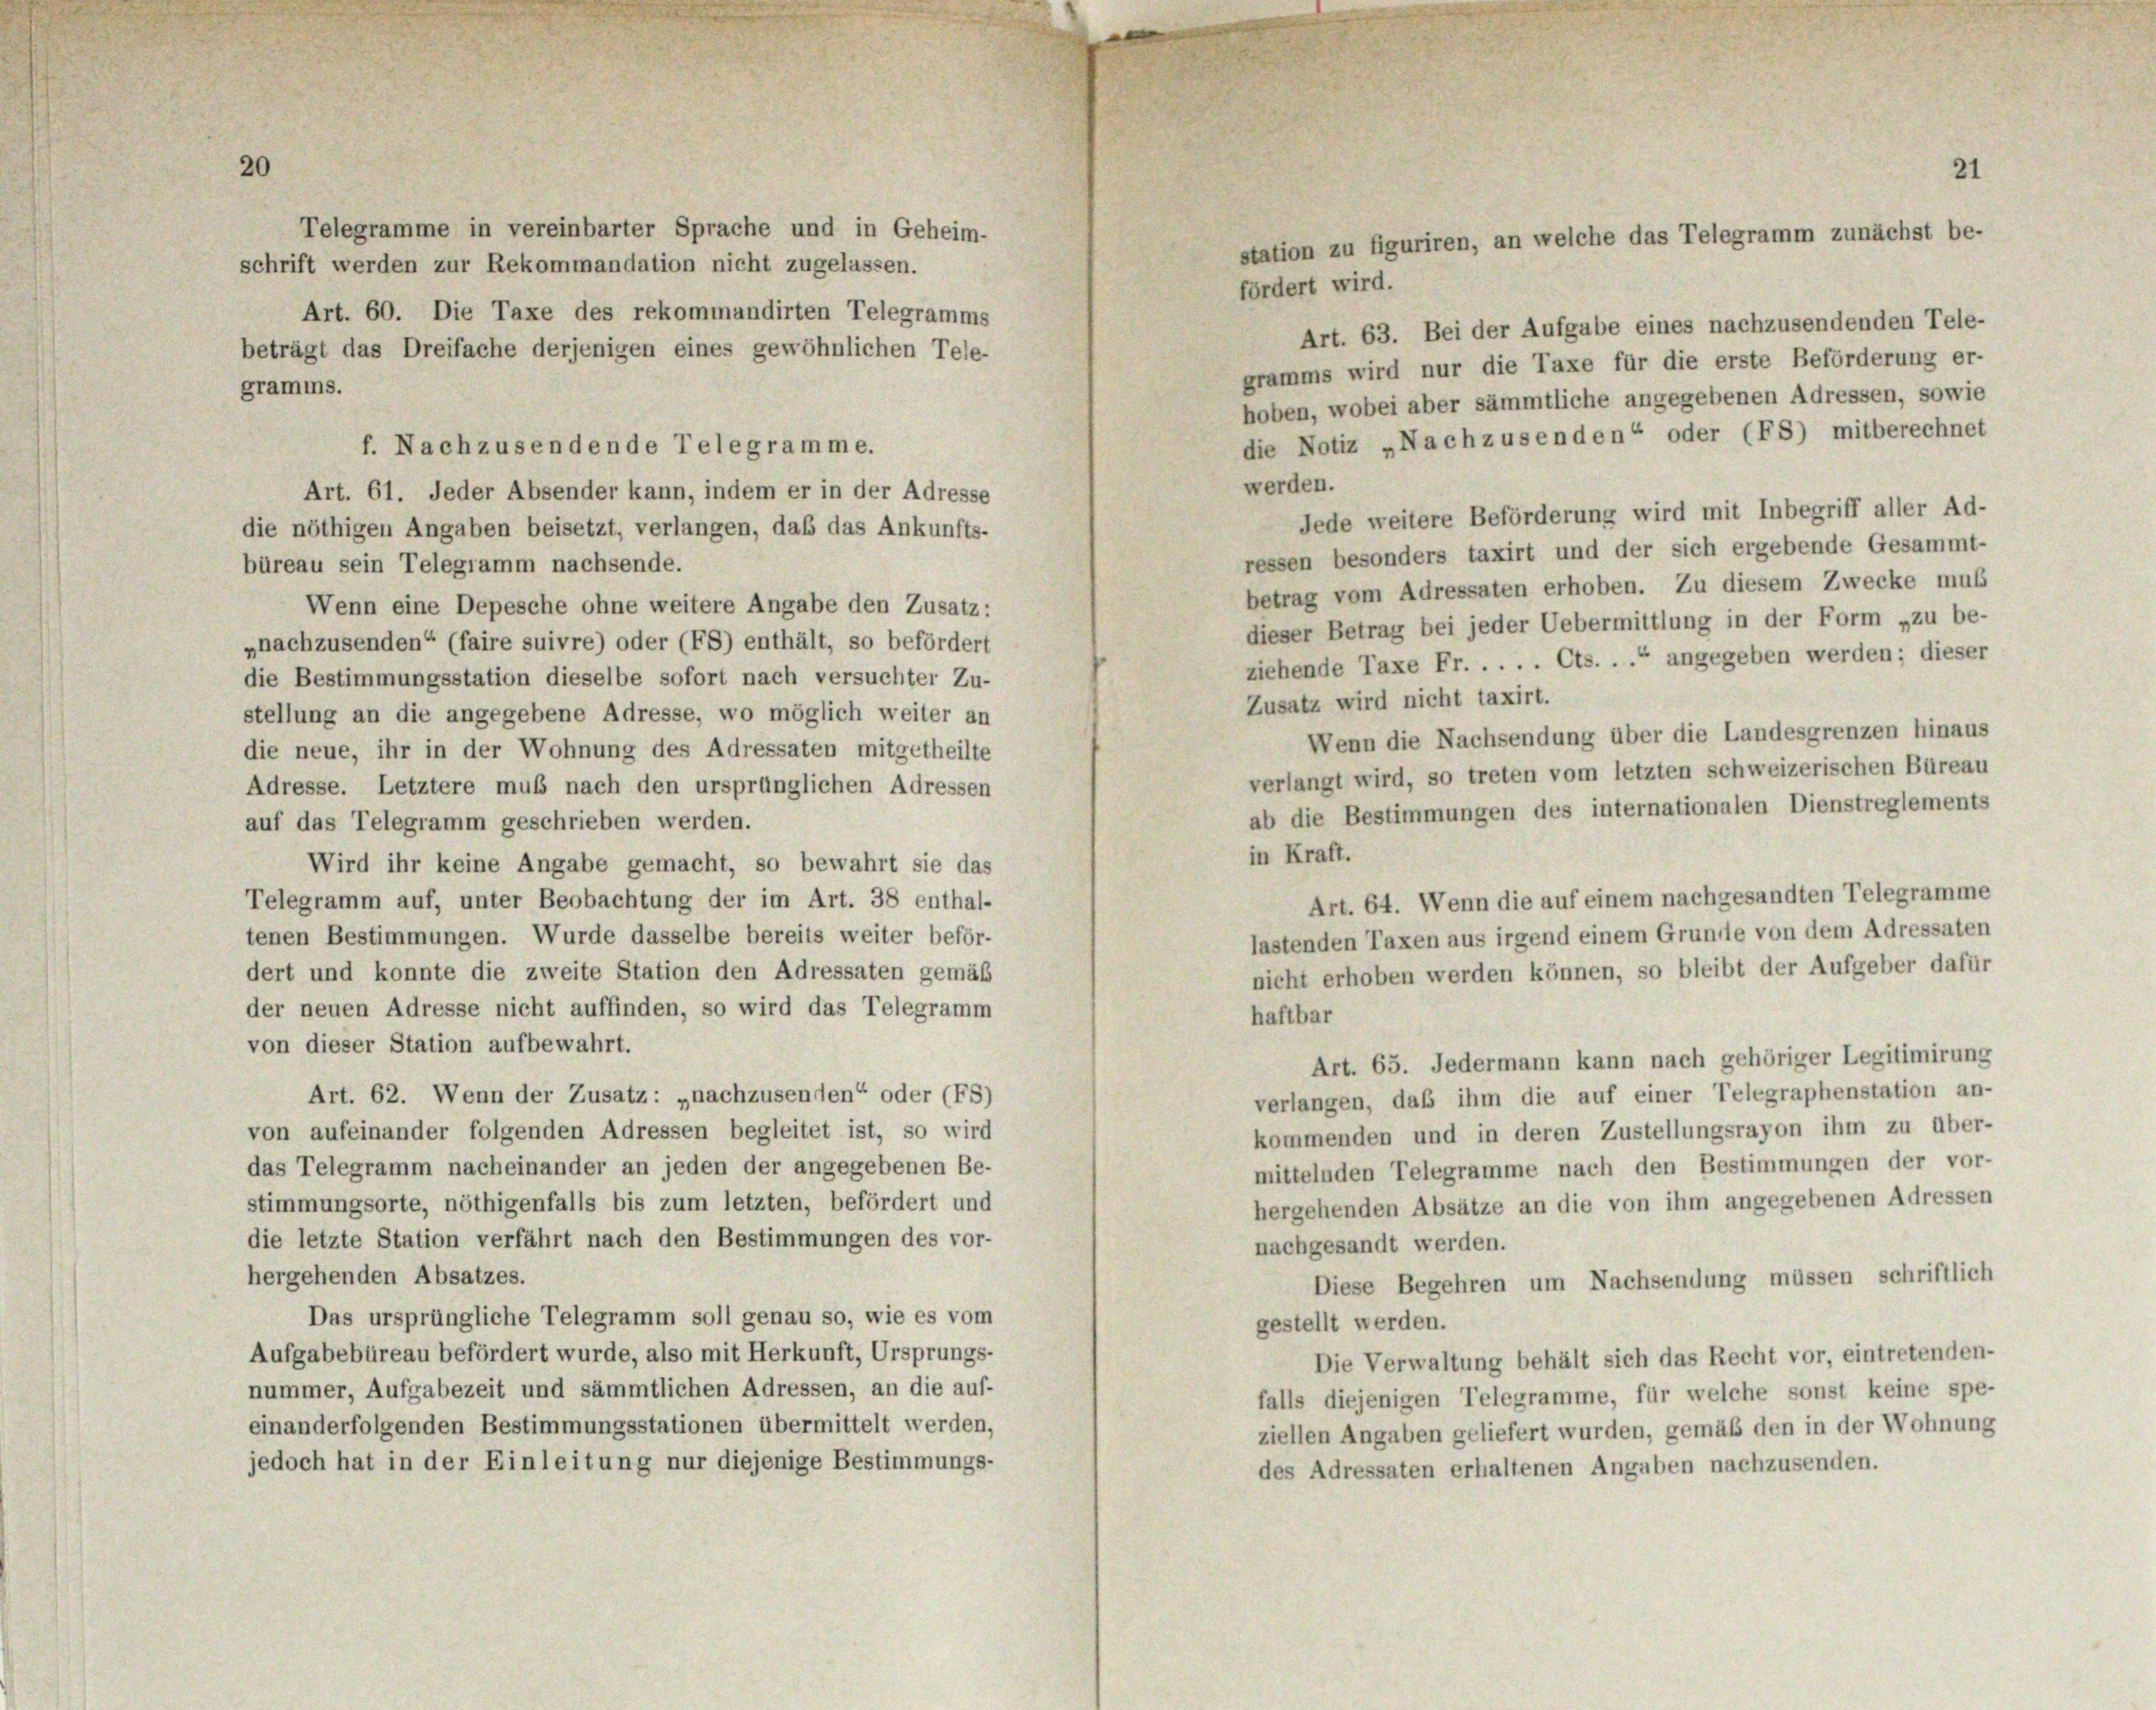
21

Telegramme in vereinbarter Sprache und in Geheim-
schrift werden zur Rekommandation nicht zugelassen.
fördert wird.
Art. 60. Die Taxe des rekommandirten Telegramms
Art. 63. Bei der Aufgabe eines nachzusendenden Tele-
beträgt das Dreifache derjenigen eines gewöhnlichen Tele-
gramms wird nur die Taxe für die erste Beförderung er-
gramms.
hoben, wobei aber sämmtliche angegebenen Adressen, sowie
die Notiz „Nachzusenden“ oder (FS) mitberechnet
f. Nachzusendende Telegramme.
werden.
Art. 61. Jeder Absender kann, indem er in der Adresse
Jede weitere Beförderung wird mit Inbegriff aller Ad-
die nöthigen Angaben beisetzt, verlangen, daß das Ankunfts-
ressen besonders taxirt und der sich ergebende Gesammt-
büreau sein Telegramm nachsende.
betrag vom Adressaten erhoben. Zu diesem Zwecke muß
Wenn eine Depesche ohne weitere Angabe den Zusatz:
dieser Betrag bei jeder Uebermittlung in der Form „zu be-
„nachzusenden“ (faire suivre) oder (FS) enthält, so befördert
ziehende Taxe Fr. . . . . Cts. . .“ angegeben werden; dieser
die Bestimmungsstation dieselbe sofort nach versuchter Zu-
Zusatz wird nicht taxirt.
stellung an die angegebene Adresse, wo möglich weiter an
Wenn die Nachsendung über die Landesgrenzen hinaus
die neue, ihr in der Wohnung des Adressaten mitgetheilte
verlangt wird, so treten vom letzten schweizerischen Büreau
Adresse. Letztere muß nach den ursprünglichen Adressen
ab die Bestimmungen des internationalen Dienstreglements
auf das Telegramm geschrieben werden.
in Kraft.
Wird ihr keine Angabe gemacht, so bewahrt sie das
Art. 64. Wenn die auf einem nachgesandten Telegramme
Telegramm auf, unter Beobachtung der im Art. 38 enthal-
tenen Bestimmungen. Wurde dasselbe bereits weiter beför-
lastenden Taxen aus irgend einem Grunde von dem Adressaten
nicht erhoben werden können, so bleibt der Aufgeber dafür
dert und konnte die zweite Station den Adressaten gemäß
der neuen Adresse nicht auffinden, so wird das Telegramm
haftbar
von dieser Station aufbewahrt.
Art. 65. Jedermann kann nach gehöriger Legitimirung
Art. 62. Wenn der Zusatz: „nachzusenden“ oder (F8)
verlangen, daß ihm die auf einer Telegraphenstation an-
von aufeinander folgenden Adressen begleitet ist, so wird
kommenden und in deren Zustellungsrayon ihm zu über-
das Telegramm nacheinander an jeden der angegebenen Be-
mittelnden Telegramme nach den Bestimmungen der vor-
hergehenden Absätze an die von ihm angegebenen Adressen
stimmungsorte, nöthigenfalls bis zum letzten, befördert und
die letzte Station verfährt nach den Bestimmungen des vor-
nachgesandt werden.
hergehenden Absatzes.
Diese Begehren um Nachsendung müssen schriftlich
Das ursprüngliche Telegramm soll genau so, wie es vom
gestellt werden.
Aufgabebüreau befördert wurde, also mit Herkunft, Ursprungs-
Die Verwaltung behält sich das Recht vor, eintretenden-
nummer, Aufgabezeit und sämmtlichen Adressen, an die auf-
falls diejenigen Telegramme, für welche sonst keine spe-
einanderfolgenden Bestimmungsstationen übermittelt werden,
ziellen Angaben geliefert wurden, gemäß den in der Wohnung
jedoch hat in der Einleitung nur diejenige Bestimmungs-
des Adressaten erhaltenen Angaben nachzusenden.

21
station zu figuriren, an welche das Telegramm zunächst be-